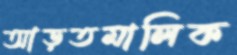
আড়তমালিক